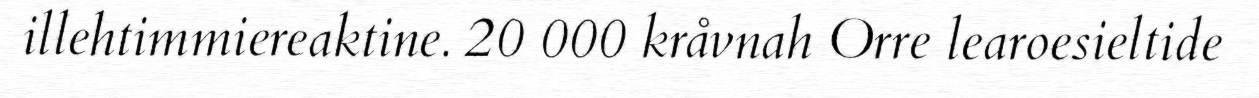
illehtimmiereaktine. 20 000 kråvnah Orre learoesieltide